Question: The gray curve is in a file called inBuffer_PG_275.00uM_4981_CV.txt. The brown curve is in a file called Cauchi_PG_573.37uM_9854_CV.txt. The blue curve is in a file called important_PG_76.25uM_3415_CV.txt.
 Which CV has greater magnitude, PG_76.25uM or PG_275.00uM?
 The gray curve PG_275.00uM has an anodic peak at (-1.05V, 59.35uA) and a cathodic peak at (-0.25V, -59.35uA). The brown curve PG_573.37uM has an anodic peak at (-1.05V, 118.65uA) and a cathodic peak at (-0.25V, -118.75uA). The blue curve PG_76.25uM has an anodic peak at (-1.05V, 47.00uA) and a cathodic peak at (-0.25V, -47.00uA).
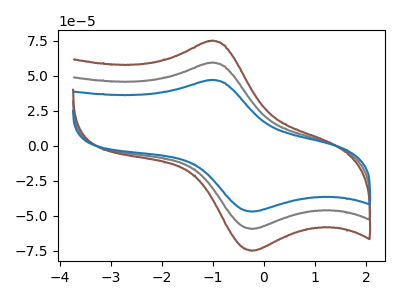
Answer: <think>All the peaks in "PG_76.25uM" have a peak in "PG_275.00uM" at the same potential. Every peak in "PG_76.25uM" is lower than every peak in "PG_275.00uM".
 </think>
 <answer>"PG_76.25uM" has less signal than "PG_275.00uM".</answer>
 <eval>less_signal</eval>